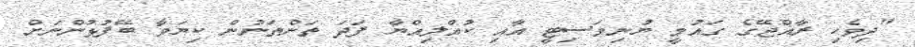
"ދިވެހި ރާއްޖޭގެ ގައުމީ ޔުނިވަސިޓީ އާއި ކުއްލިއްޔާ ފަދަ ތަންތަނުން ކިޔަވާ ބޭފުޅުންނަށް